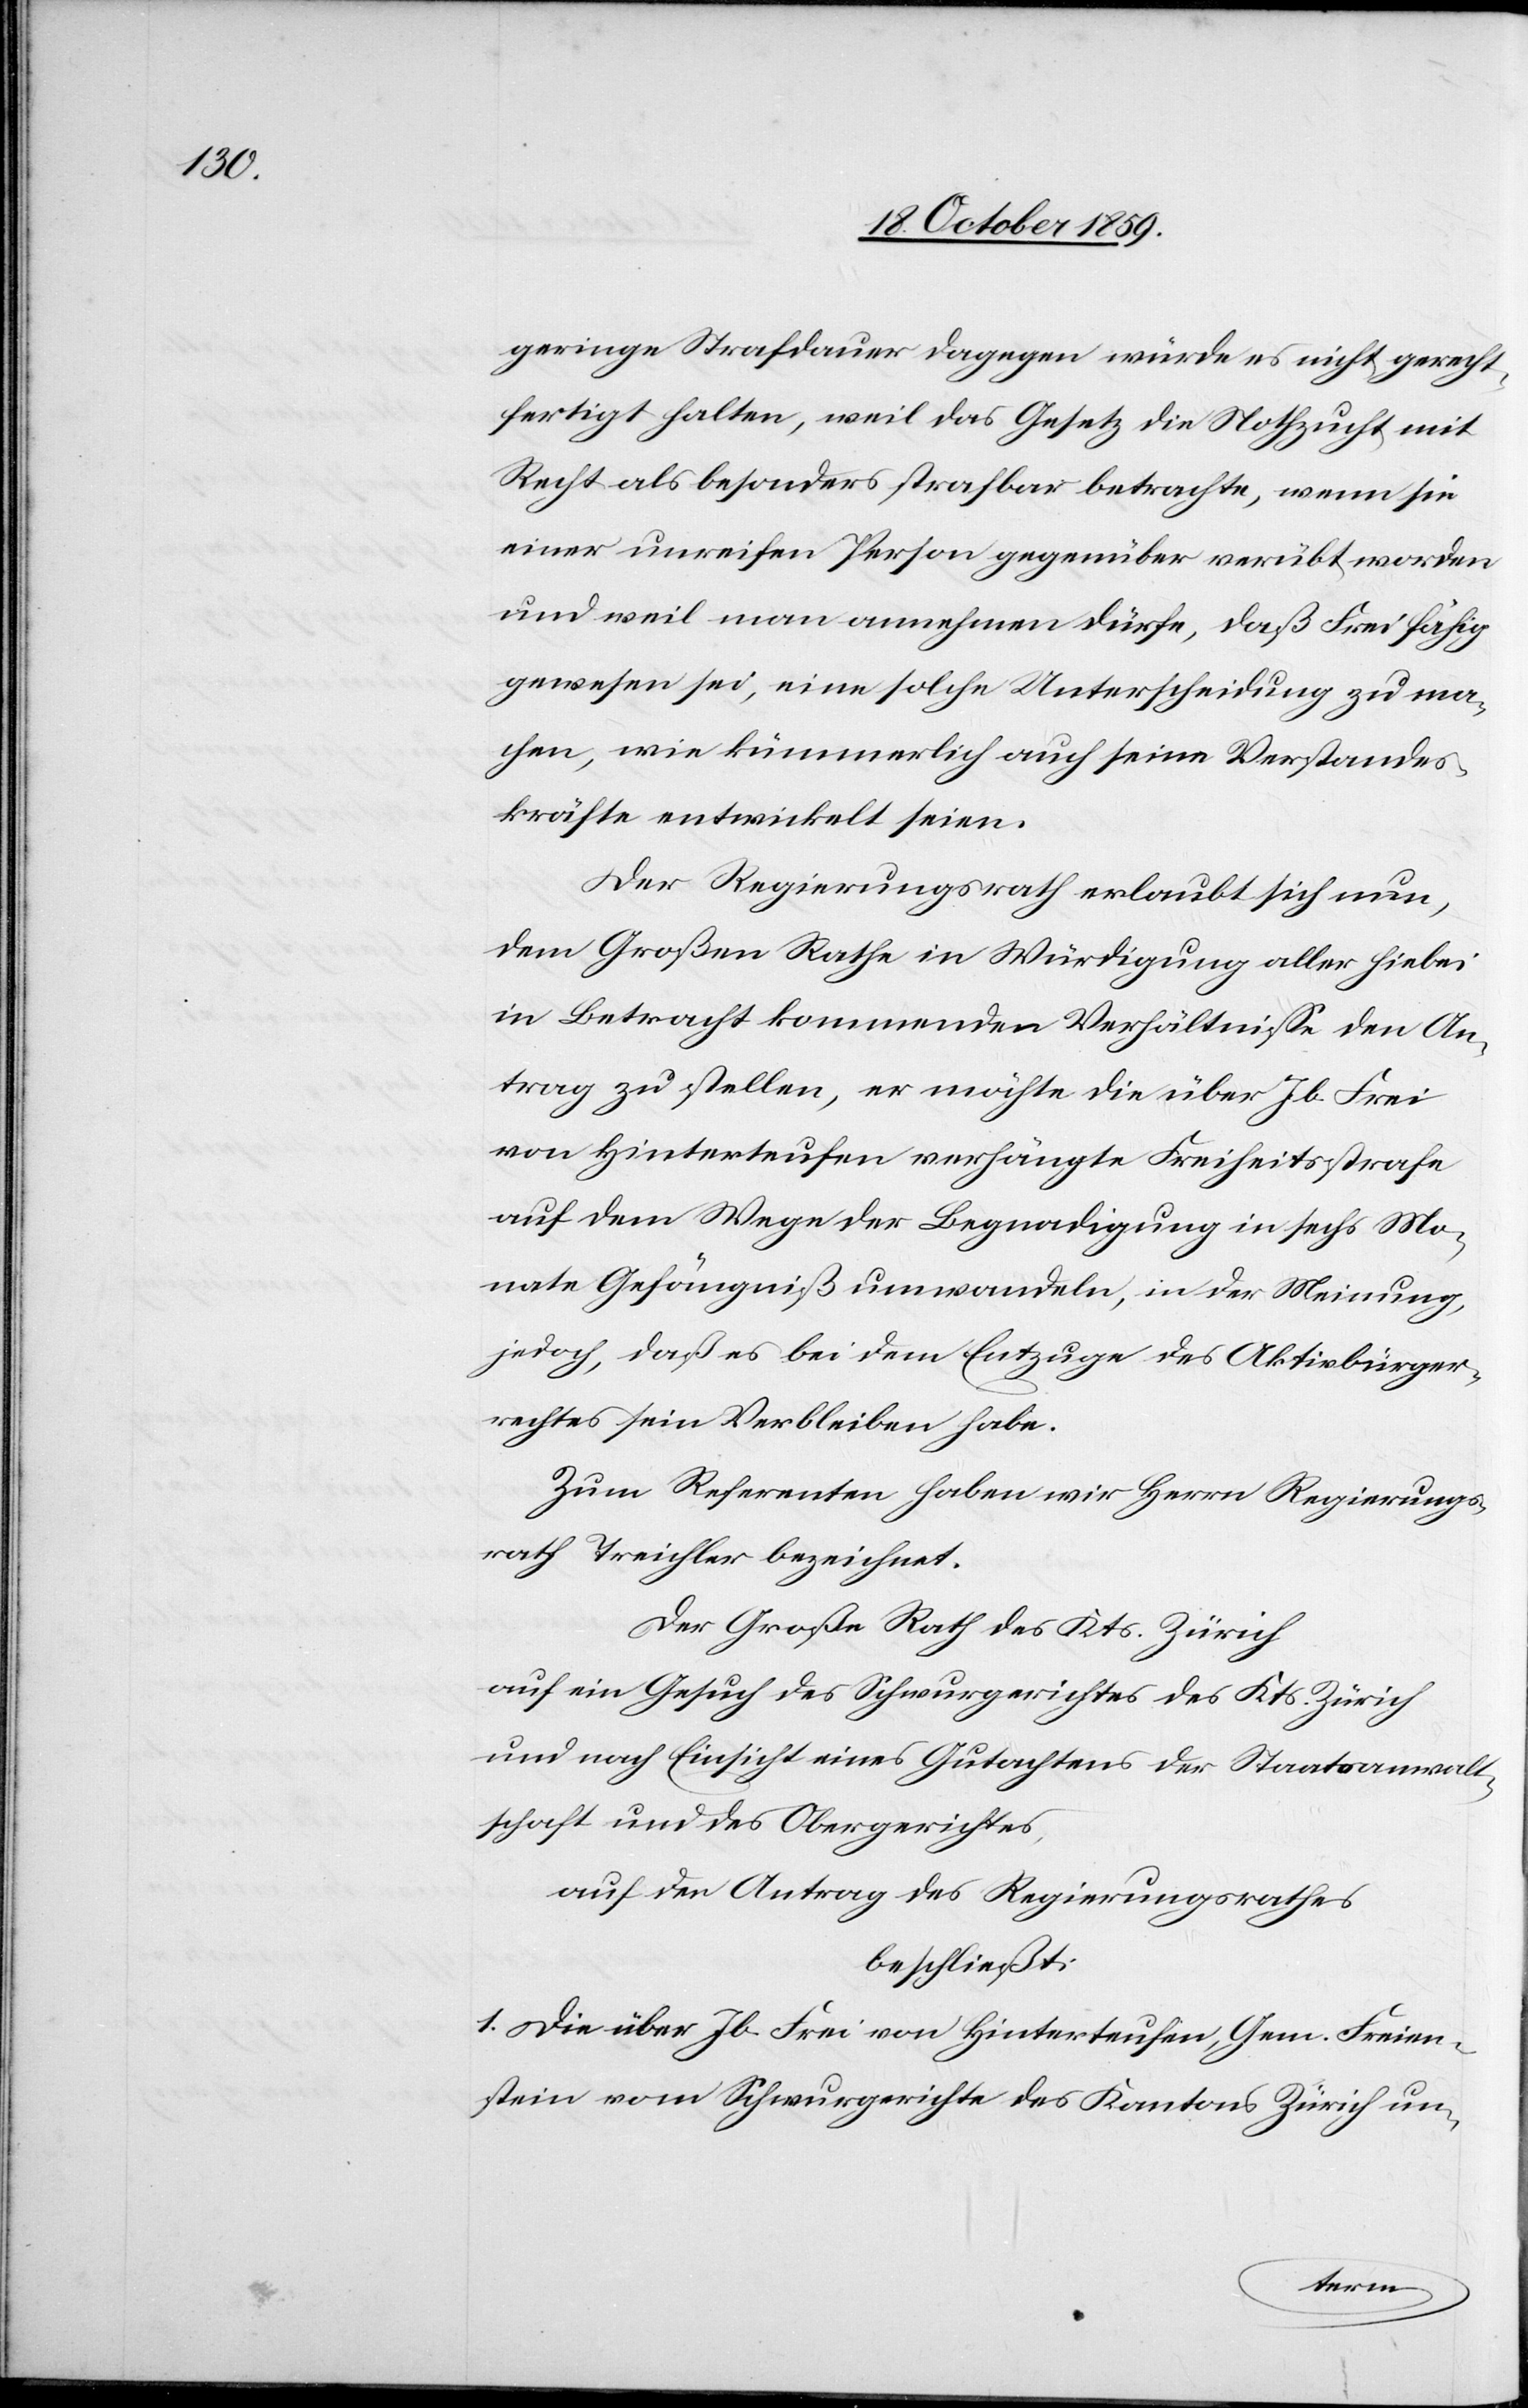
geringe Strafdauer dagegen würde es nicht gerecht¬
fertigt halten, weil das Gesetz die Nothzucht mit
Recht als besonders strafbar betrachte, wenn sie
einer unreifen Person gegenüber verübt worden
und weil man annehmen dürfe, daß Frei fähig
gewesen sei, eine solche Unterscheidung zu ma¬
chen, wie kümmerlich auch seine Verstandes¬
kräfte entwickelt seien.
Der Regierungsrath erlaubt sich nun,
dem Großen Rathe in Würdigung aller hiebei
in Betracht kommenden Verhältnisse den An¬
trag zu stellen, er möchte die über Jb. Frei
von Hinterteufen verhängte Freiheitsstrafe
auf dem Wege der Begnadigung in sechs Mo¬
nate Gefängniß umwandeln, in der Meinung,
jedoch, daß es bei dem Entzuge des Aktivbürger¬
rechtes sein Verbleiben habe.
Zum Referenten haben wir Herrn Regierungs¬
rath Treichler bezeichnet.
Der Große Rath des Kts. Zürich
auf ein Gesuch des Schwurgerichtes des Kts. Zürich
und nach Einsicht eines Gutachtens der Staatsanwalt¬
schaft und des Obergerichtes,
auf den Antrag des Regierungsrathes
beschließt:
1) Die über Jb. Frei von Hinterteufen, Gem. Freien¬
stein vom Schwurgerichte des Kantons Zürich un-